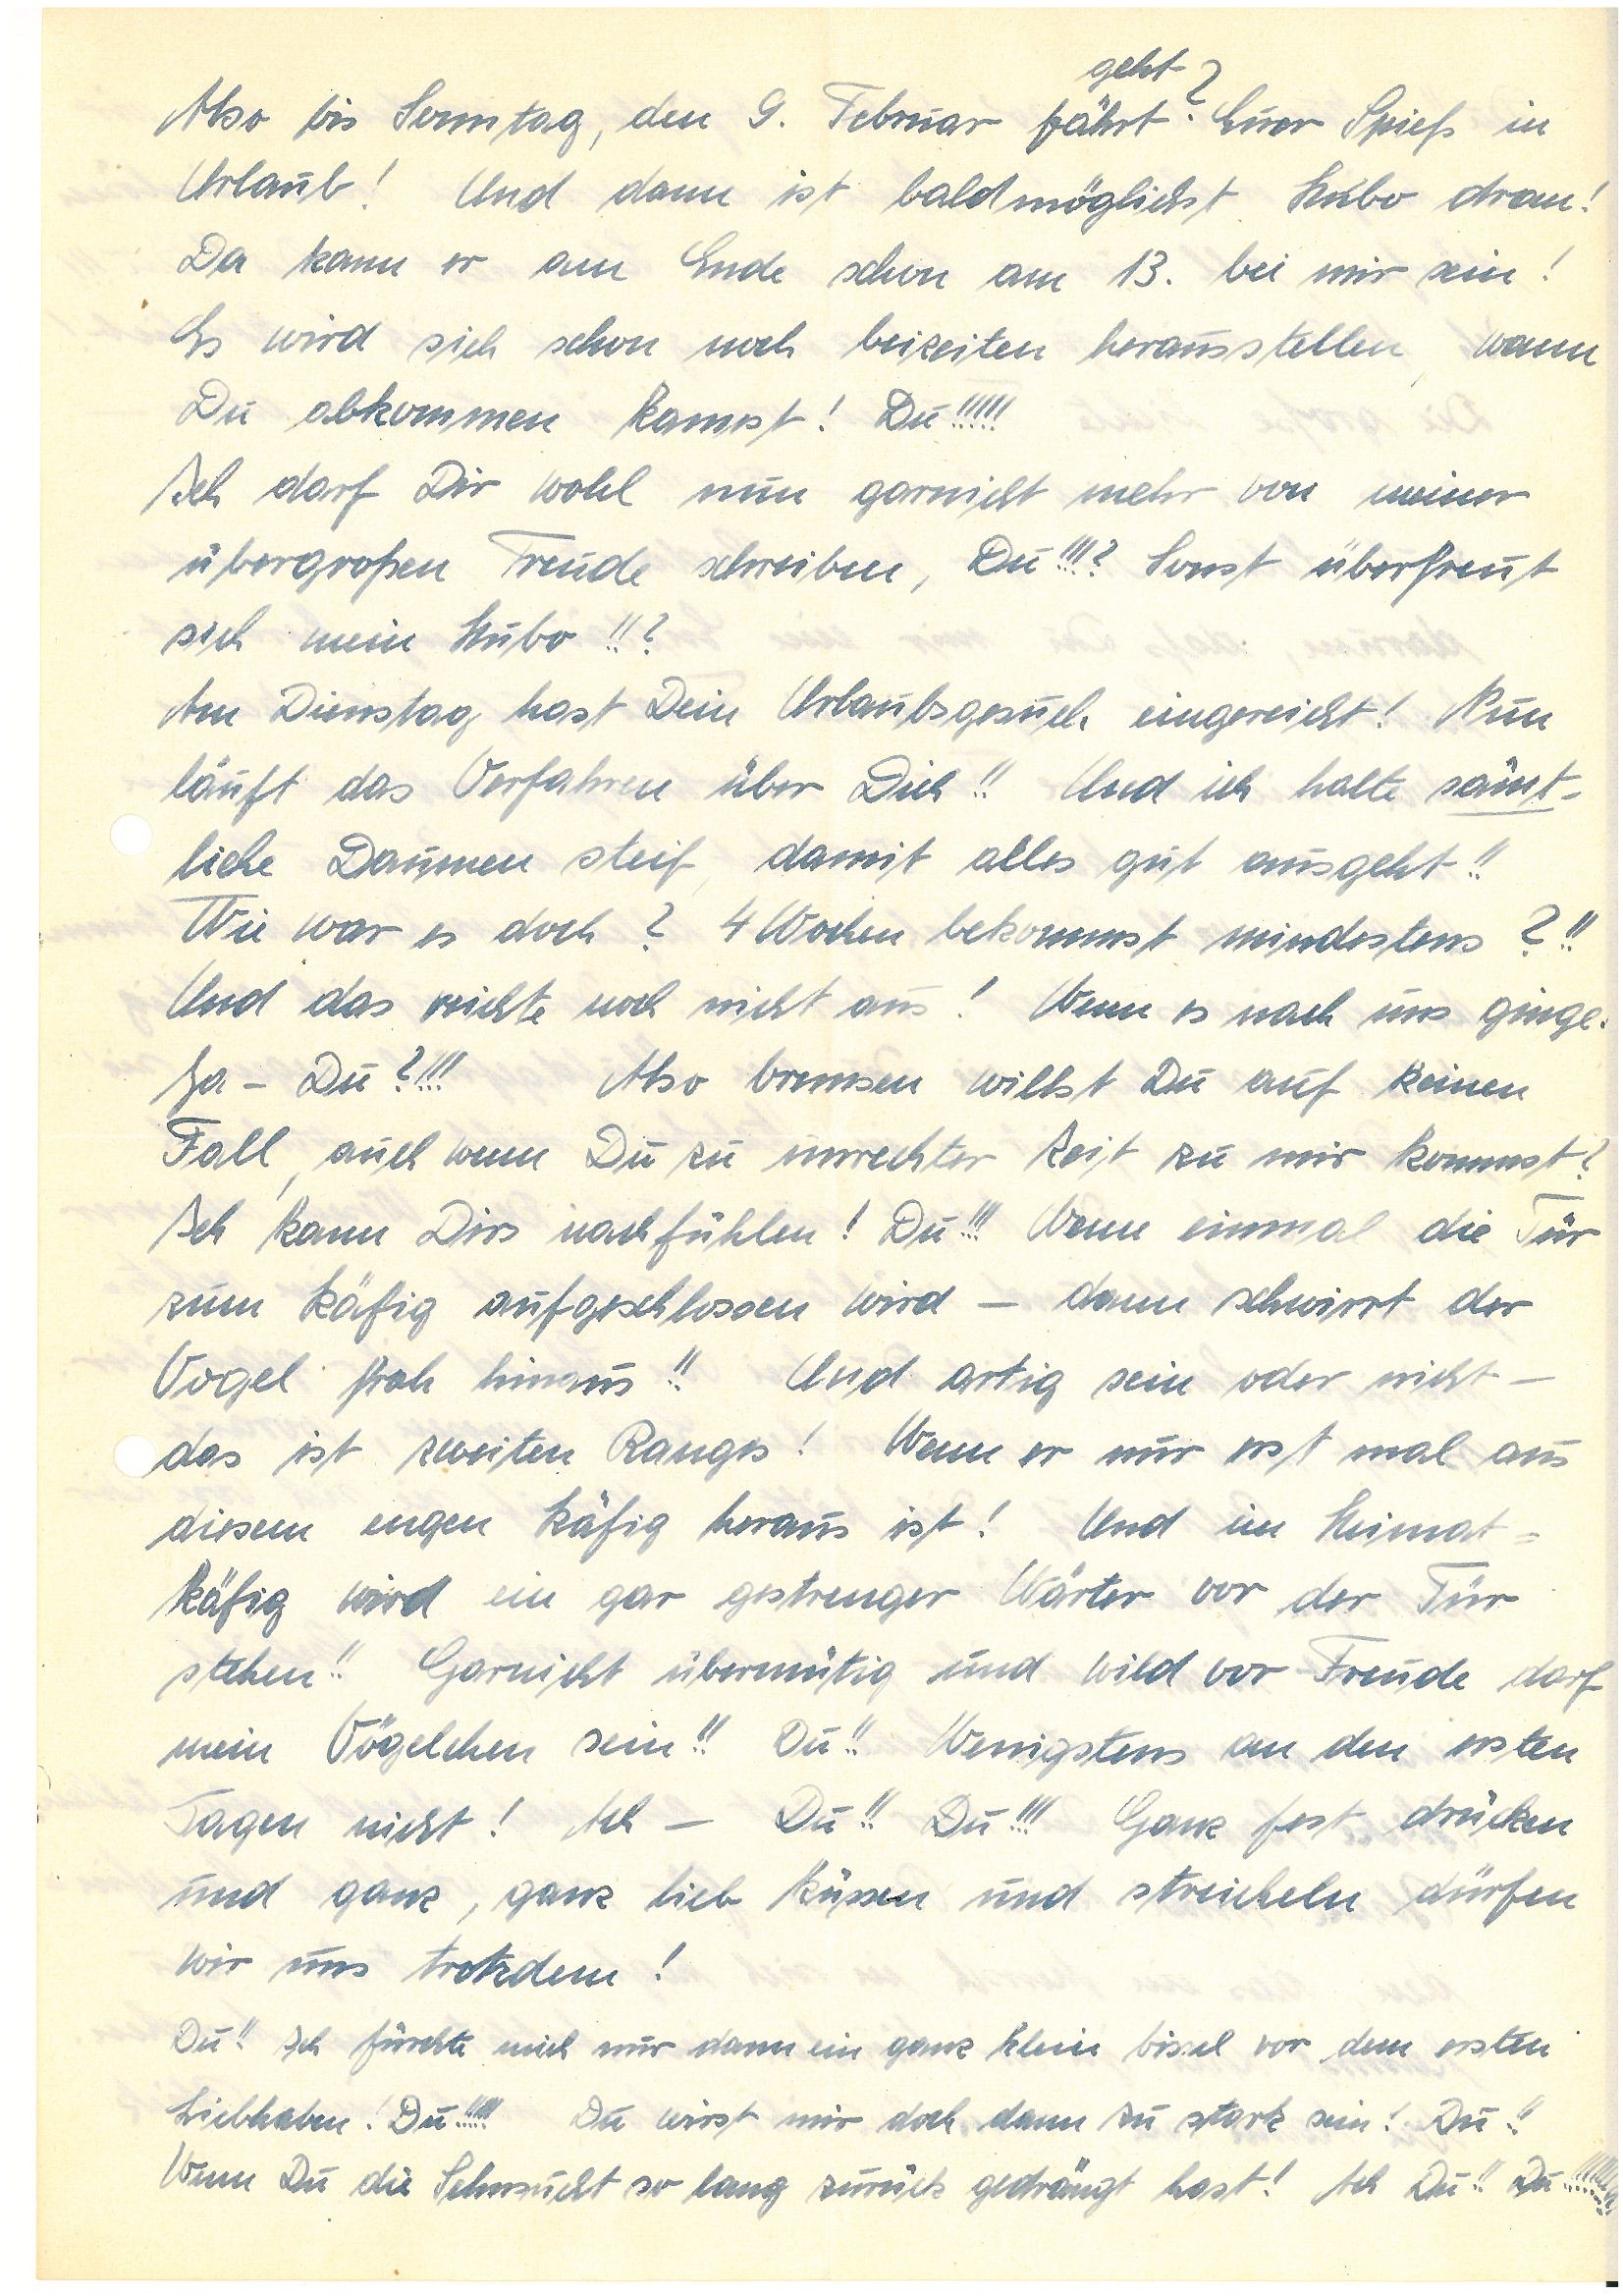
geht?
Also bis Sonntag, den 9. Februar fährt Euer Spieß in
Urlaub! Und dann ist baldmöglichst Hubo dran!
Da kann er am Ende schon am 13. bei mir sein!
Es wird sich schon noch beizeiten herausstellen, wann
Du abkommen kannst! Du!!!!!
Ich darf Dir wohl nun garnicht mehr von meiner
übergroßen Freude schreiben, Du!!!? Sonst überfreut
sich mein Hubo!!?
Am Dienstag hast Dein Urlaubsgesuch eingereicht! Nun
läuft das Verfahren über Dich!! Und ich halte sämt¬
liche Daumen steif damit alles gut ausgeht!!
Wie war es doch? 4 Wochen bekommst mindestens?!!
Und das reichte noch nicht aus! Wenn es nach uns ginge.
Ja – Du?!!! Also bremsen willst Du auf keinen
Fall, auch wenn Du zu unrechter Zeit zu mir kommst?
Ich kann Dirs nachfühlen! Du!!! Wenn einmal die Tür
zum Käfig aufgeschlossen wird – dann schwirrt der
Vogel froh hinaus!! Und artig sein oder nicht –
das ist zweiten Ranges! Wenn er nur erst mal aus
diesem engen Käfig heraus ist! Und im Heimat¬
käfig wird ein gar gestrenger Wärter vor der Tür
stehen!! Garnicht übermütig und wild vor Freude darf
mein Vögelchen sein!! Du!! Wenigstens an den ersten
Tagen nicht! Ach – Du!! Du!!! Ganz fest drücken
und ganz, ganz lieb küssen und streicheln dürfen
wir uns trotzdem!
Du!! Ich fürchte mich nur schon ein ganz klein bissel vor dem ersten
Liebhaben. Du!!!!! Du wirst mir doch dann zu stark sein! Du!!
Wenn Du die Sehnsucht so lang zurück gedrängt hast! Ach Du!! Du!!!!!!!!!